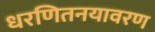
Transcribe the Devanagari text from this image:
धरणितनयावरण